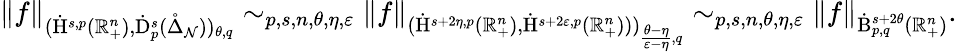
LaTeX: \begin{array}{r}{\lVert f\rVert_{(\dot{\mathrm{H}}^{s,p}(\mathbb{R}_{+}^{n}),\dot{\mathrm{D}}_{p}^{s}(\mathring{\Delta}_{\mathcal{N}}))_{\theta,q}}\sim_{p,s,n,\theta,\eta,\varepsilon}\lVert f\rVert_{(\dot{\mathrm{H}}^{s+2\eta,p}(\mathbb{R}_{+}^{n}),\dot{\mathrm{H}}^{s+2\varepsilon,p}(\mathbb{R}_{+}^{n})))_{\frac{\theta-\eta}{\varepsilon-\eta},q}}\sim_{p,s,n,\theta,\eta,\varepsilon}\lVert f\rVert_{\dot{\mathrm{B}}_{p,q}^{s+2\theta}(\mathbb{R}_{+}^{n})}\mathrm{.~}}\end{array}